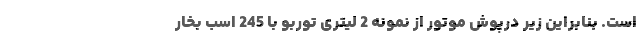
است. بنابراین زیر درپوش موتور از نمونه 2 لیتری توربو با 245 اسب بخار